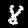
Digit: 8